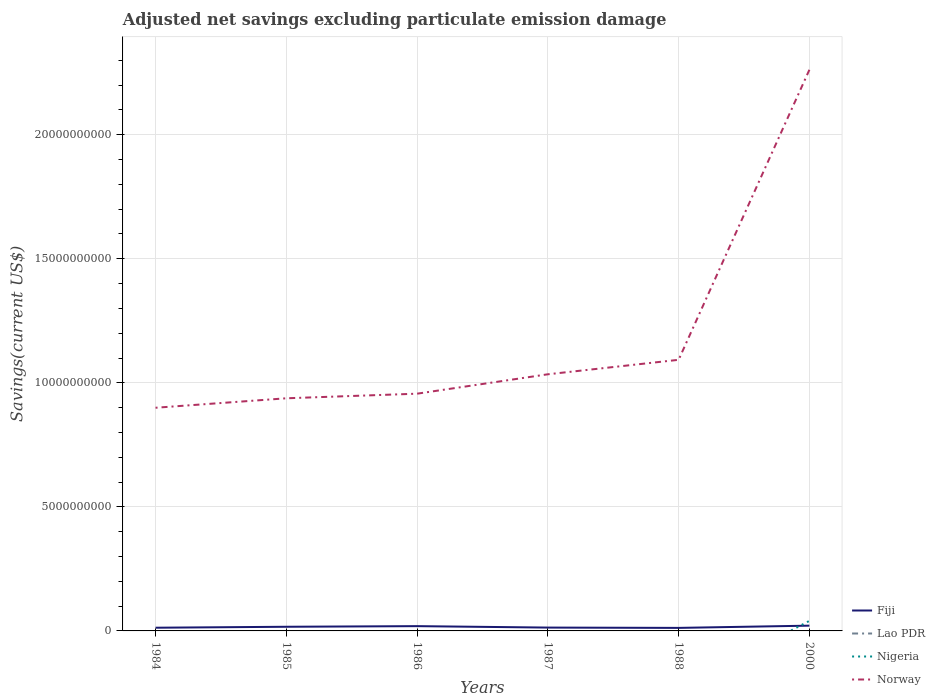
| Years | Fiji | Lao PDR | Nigeria | Norway |
 | --- | --- | --- | --- | --- |
 | 1984 | 1.29e+08 | -2.95e+07 | -4.16e+09 | 9e+09 |
 | 1985 | 1.67e+08 | -4.19e+07 | -4.11e+09 | 9.38e+09 |
 | 1986 | 1.93e+08 | -2.54e+07 | -3.61e+09 | 9.56e+09 |
 | 1987 | 1.35e+08 | -3e+07 | -3.55e+09 | 1.03e+10 |
 | 1988 | 1.22e+08 | -6.43e+07 | -2.37e+09 | 1.09e+10 |
 | 2000 | 2.12e+08 | -1.9e+08 | 4.05e+08 | 2.26e+10 |